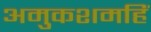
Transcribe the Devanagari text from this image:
अमुकशमहिं